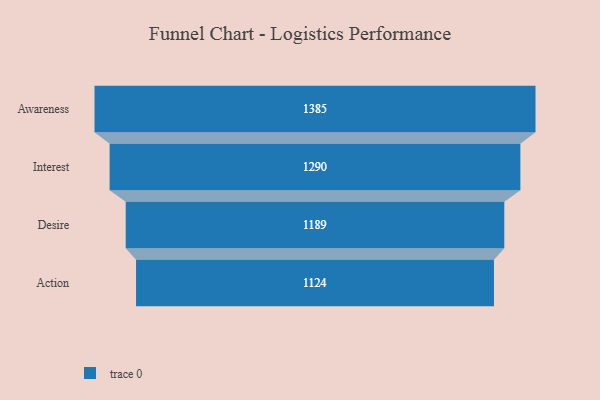
{"axis": {"x": "Stage", "y": "Value"}, "legend": [""], "data": [{"x": "Awareness", "y": 1385.0, "type": ""}, {"x": "Interest", "y": 1290.0, "type": ""}, {"x": "Desire", "y": 1189.0, "type": ""}, {"x": "Action", "y": 1124.0, "type": ""}]}